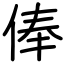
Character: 俸